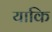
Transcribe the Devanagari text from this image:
याकि